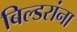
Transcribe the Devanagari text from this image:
बिल्डरांना